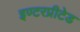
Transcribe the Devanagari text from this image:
इण्टरप्रीटेड